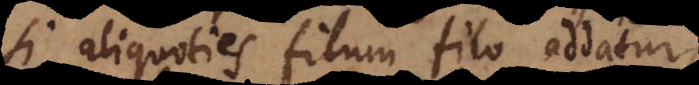
si aliquoties filum filo addatur,